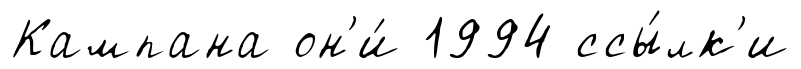
Кампана он'и́ 1994 ссы́лк'и